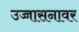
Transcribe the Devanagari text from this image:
उच्चासनावर